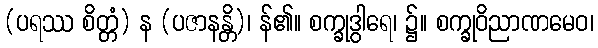
(ပရဿ စိတ္တံ) န (ပဇာနန္တိ)၊ န်၏။ စက္ခုဒွါရေ၊ ၌။ စက္ခုဝိညာဏမေဝ၊